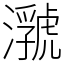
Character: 𤂆